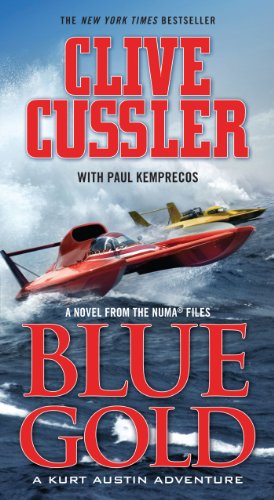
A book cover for Blue Gold: A Kurt Austin Adventure (A Novel from the NUMA Files, Book 2); Paul Kemprecos; Literature & Fiction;